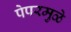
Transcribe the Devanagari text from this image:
पेपरमुळे